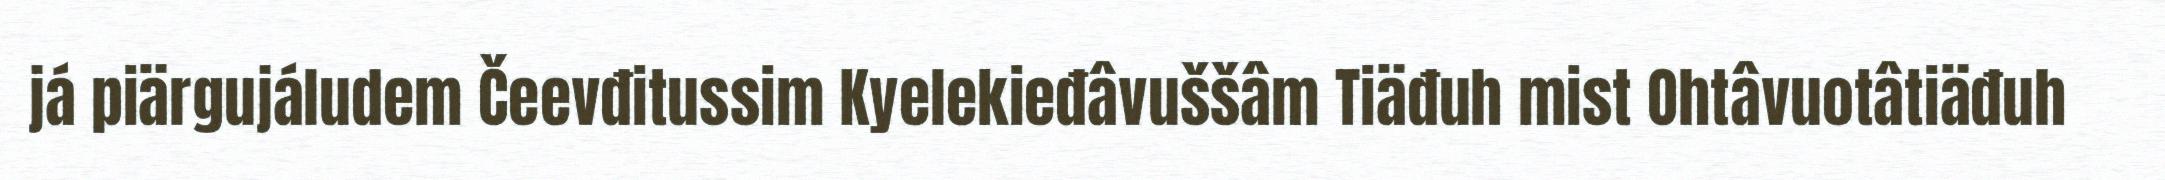
já piärgujáludem Čeevđitussim Kyelekieđâvuššâm Tiäđuh mist Ohtâvuotâtiäđuh